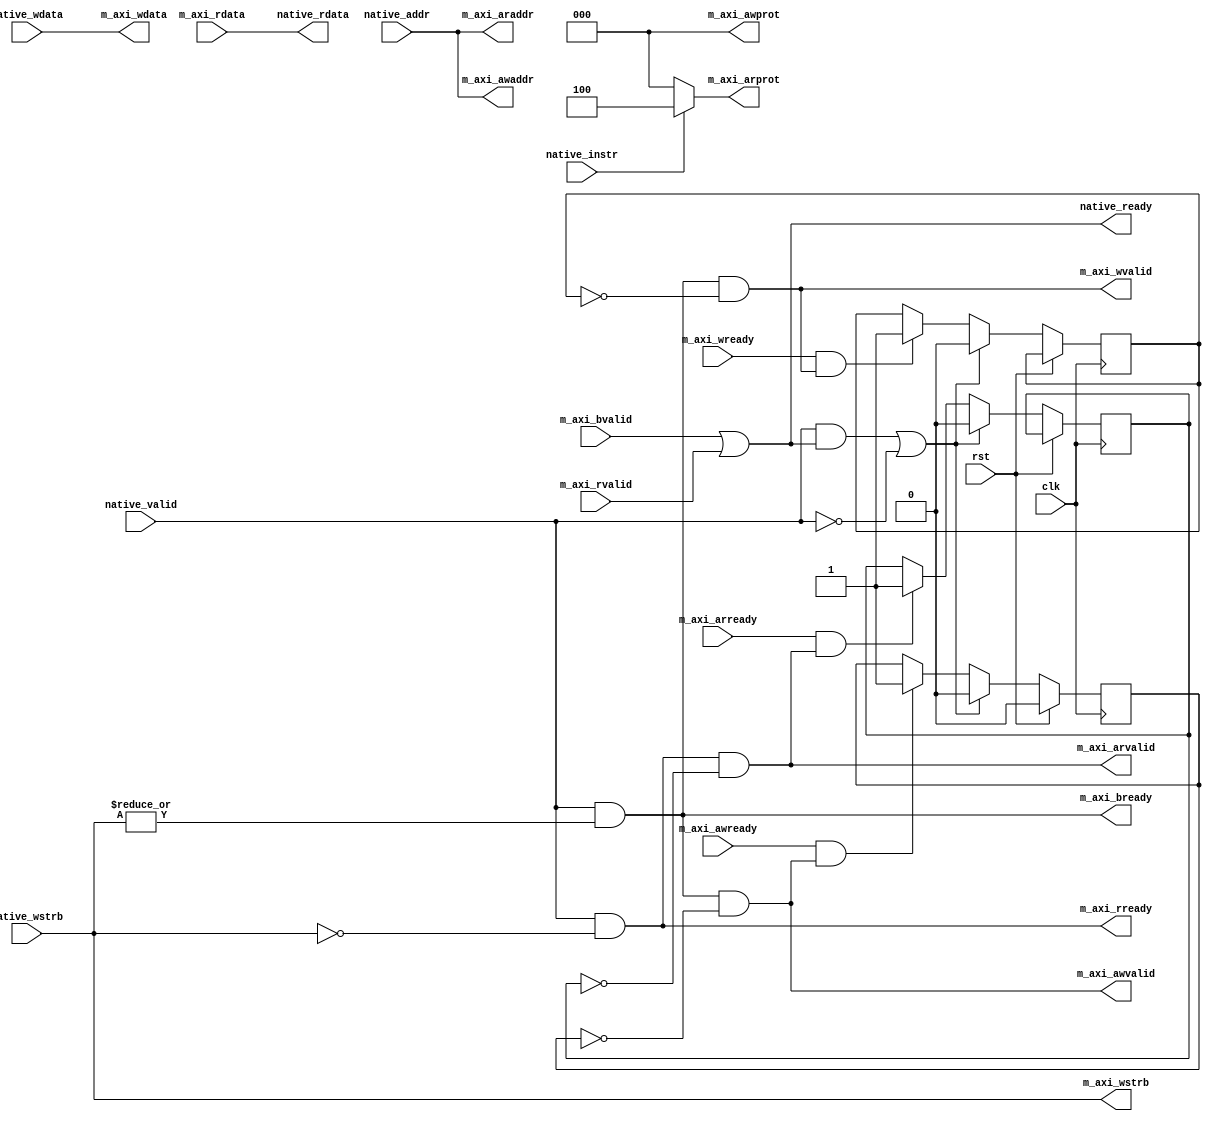
`timescale 1ns / 1ps

module native2axil_adapter #
  (
   // Width of data bus in bits
   parameter DATA_WIDTH = 32,
   // Width of address bus in bits
   parameter ADDR_WIDTH = 32,
   // Width of wstrb (width of data bus in words)
   parameter STRB_WIDTH = (DATA_WIDTH/8)
   )   
   (
    input 		    clk, rst,
    
    // AXI4-lite master interface
    
    output 		    m_axi_awvalid,
    input 		    m_axi_awready,
    output [ADDR_WIDTH-1:0] m_axi_awaddr,
    output [ 2:0] 	    m_axi_awprot,

    output 		    m_axi_wvalid,
    input 		    m_axi_wready,
    output [DATA_WIDTH-1:0] m_axi_wdata,
    output [STRB_WIDTH-1:0] m_axi_wstrb,

    input 		    m_axi_bvalid,
    output 		    m_axi_bready,

    output 		    m_axi_arvalid,
    input 		    m_axi_arready,
    output [ADDR_WIDTH-1:0] m_axi_araddr,
    output [ 2:0] 	    m_axi_arprot,

    input 		    m_axi_rvalid,
    output 		    m_axi_rready,
    input [DATA_WIDTH-1:0]  m_axi_rdata,

    // Native interface
    
    input 		    native_valid,
    input 		    native_instr,
    output 		    native_ready,
    input [ADDR_WIDTH-1:0]  native_addr,
    input [DATA_WIDTH-1:0]  native_wdata,
    input [STRB_WIDTH-1:0]  native_wstrb,
    output [DATA_WIDTH-1:0] native_rdata
    );
   
   reg 		  ack_awvalid;
   reg 		  ack_arvalid;
   reg 		  ack_wvalid;
   reg 		  xfer_done;
   
   assign m_axi_awvalid = native_valid && |native_wstrb && !ack_awvalid;
   assign m_axi_awaddr = native_addr;
   assign m_axi_awprot = 0;

   assign m_axi_arvalid = native_valid && !native_wstrb && !ack_arvalid;
   assign m_axi_araddr = native_addr;
   assign m_axi_arprot = native_instr ? 3'b100 : 3'b000;

   assign m_axi_wvalid = native_valid && |native_wstrb && !ack_wvalid;
   assign m_axi_wdata = native_wdata;
   assign m_axi_wstrb = native_wstrb;

   assign native_ready = m_axi_bvalid || m_axi_rvalid;
   assign m_axi_bready = native_valid && |native_wstrb;
   assign m_axi_rready = native_valid && !native_wstrb;
   assign native_rdata = m_axi_rdata;

   always @ *
     xfer_done <= native_valid && native_ready;
   
   always @(posedge clk) begin
      if (rst) begin
	 ack_awvalid <= 0;
      end else begin
	 if (m_axi_awready && m_axi_awvalid)
	   ack_awvalid <= 1;
	 if (m_axi_arready && m_axi_arvalid)
	   ack_arvalid <= 1;
	 if (m_axi_wready && m_axi_wvalid)
	   ack_wvalid <= 1;
	 if (xfer_done || !native_valid) begin
	    ack_awvalid <= 0;
	    ack_arvalid <= 0;
	    ack_wvalid <= 0;
	 end
      end
   end
endmodule